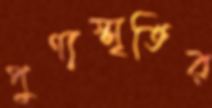
পুণ্যস্মৃতির